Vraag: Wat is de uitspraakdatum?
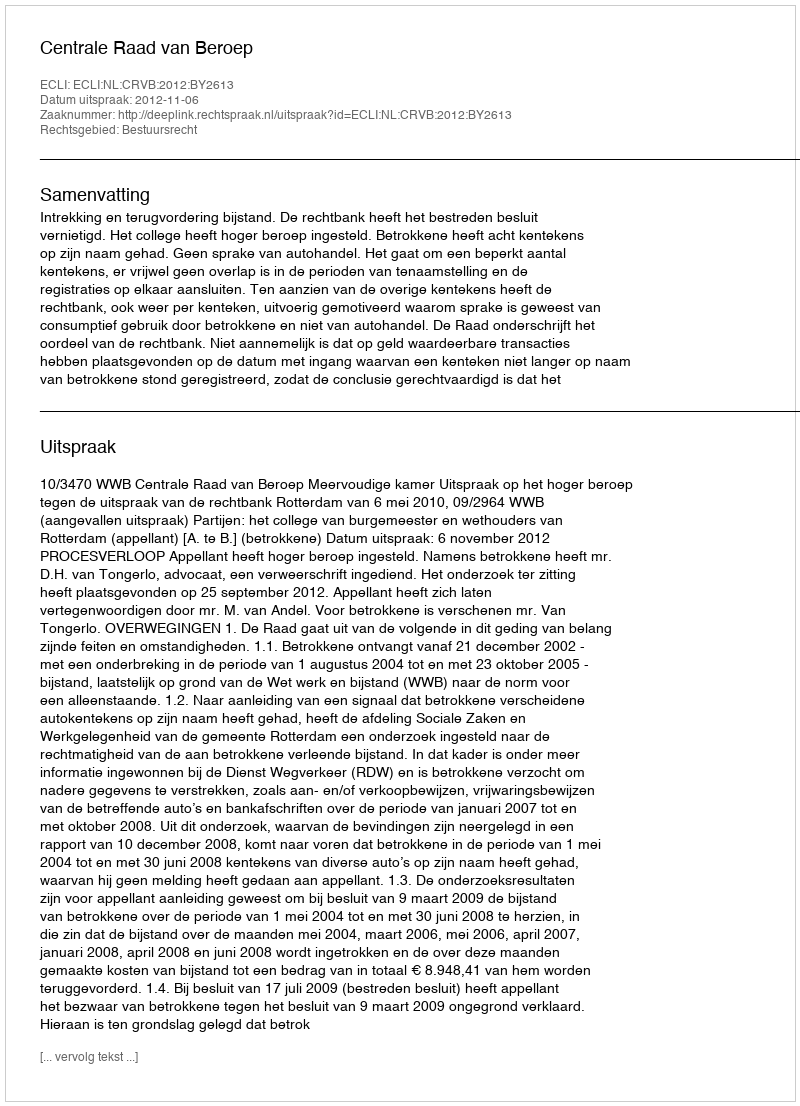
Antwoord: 2012-11-06